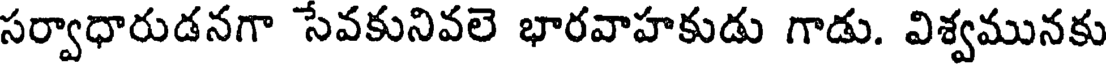
సర్వాధారుడనగా సేవకునివలె భారవాహకుడు గాడు. విశ్వమునకు